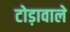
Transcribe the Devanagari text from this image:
टोड़ावाले